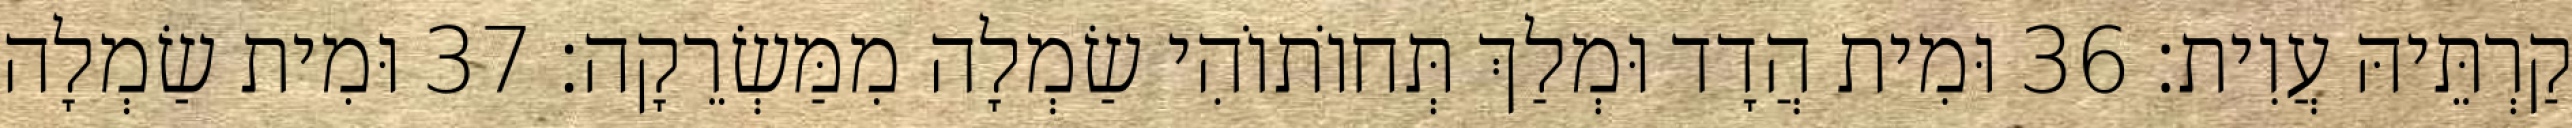
קַרְתֵּיהּ עֲוִית׃ 36 וּמִית הֲדָד וּמְלַךְ תְּחוֹתוֹהִי שַׂמְלָה מִמַּשְׂרֵקָה׃ 37 וּמִית שַׂמְלָה